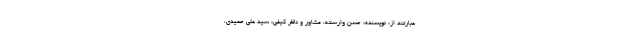
عبارتند از: نویسنده: حسن وارسته، مشاور و ناظر کیفی: سید علی حمیدی،